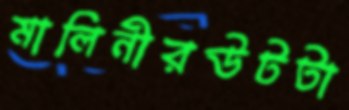
মালিনীরউটটা